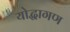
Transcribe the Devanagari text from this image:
योद्धागण